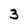
Character: 3